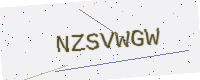
Text: NZSVWGW